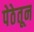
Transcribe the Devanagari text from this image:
पेठेतून